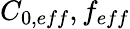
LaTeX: C_{0,eff},f_{eff}